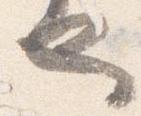
也